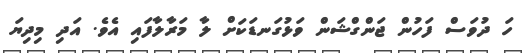
ހަ ދުވަސް ފަހުން ޖަންގްޝަން ވަޅުގަނޑަކަށް ލާ މަރާލާފައި އެވެ. އަދި މިދިޔަ